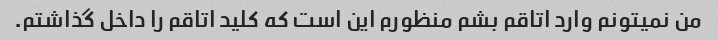
من نمیتونم وارد اتاقم بشم منظورم این است که کلید اتاقم را داخل گذاشتم.